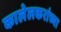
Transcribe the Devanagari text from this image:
कालेलकरांच्या